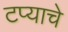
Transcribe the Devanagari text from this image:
टप्याचे